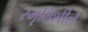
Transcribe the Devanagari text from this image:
स्मृतिशीले